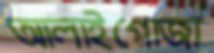
আলাইগোজা